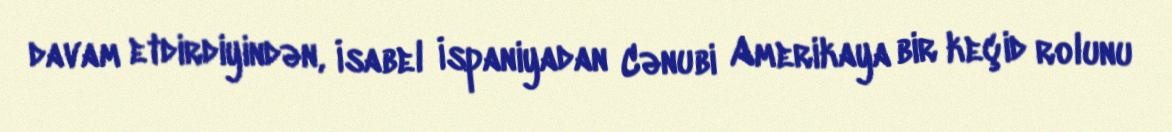
davam etdirdiyindən, İsabel İspaniyadan Cənubi Amerikaya bir keçid rolunu